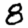
Digit: 8